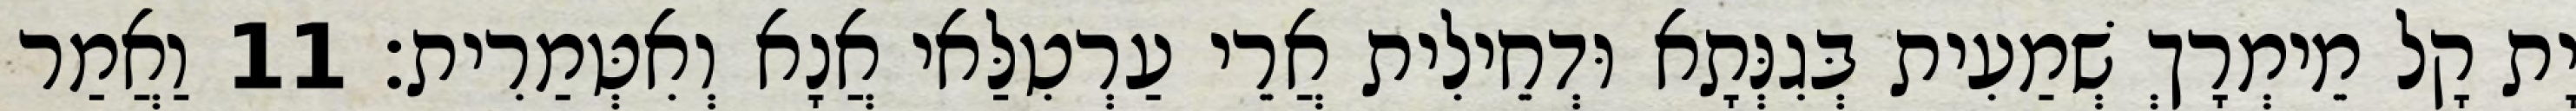
יָת קָל מֵימְרָךְ שְׁמַעִית בְּגִנְּתָא וּדְחֵילִית אֲרֵי עַרְטִלַּאי אֲנָא וְאִטְּמַרִית׃ 11 וַאֲמַר